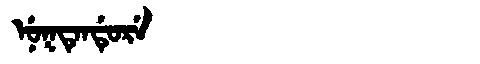
Manchu: ᠨᡠᡴᡨᡝᠨᡩᡠᡵᡝ
Romanization: NUKTENDURE